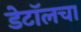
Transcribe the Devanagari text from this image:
डेटॉलचा